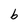
Character: b